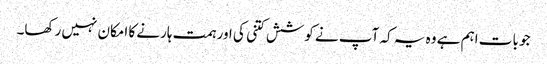
جو بات اہم ہے وہ یہ کہ آپ نے کوشش کتنی کی اور ہمت ہارنے کا امکان نہیں رکھا۔